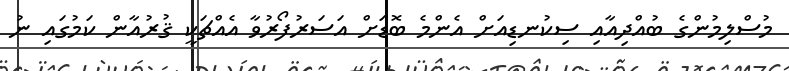
މުސްލިމުންގެ ބުއްދިއާއި ސިކުނޑިއަށް އެންމެ ބޮޑަށް އަސަރުފޯރުވާ އެއްޗަކީ ޤުރުއާން ކަމުގައި ނު